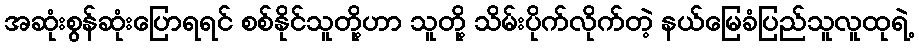
အဆုံးစွန်ဆုံးပြောရရင် စစ်နိုင်သူတို့ဟာ သူတို့ သိမ်းပိုက်လိုက်တဲ့ နယ်မြေခံပြည်သူလူထုရဲ့